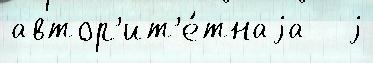
автор'ит'е́тнаjа   j